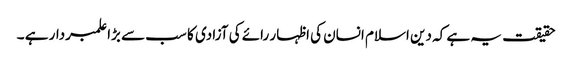
حقیقت یہ ہے کہ دین اسلام انسان کی اظہار رائے کی آزادی کا سب سے بڑا علمبردار ہے ۔